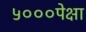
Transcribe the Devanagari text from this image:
५०००पेक्षा